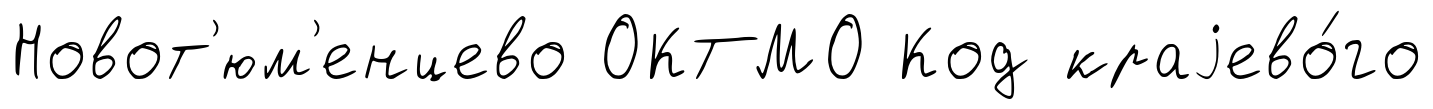
Новот'юм'енцево ОКТМО Код краjево́го